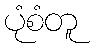
ပုံစံတူ